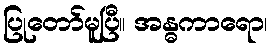
ပြုတော်မူပြီ။ အန္ဓကာရော၊